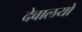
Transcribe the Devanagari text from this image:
देवालयो